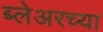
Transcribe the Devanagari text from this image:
ब्लेअरच्या